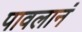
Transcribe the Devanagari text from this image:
पावलानं